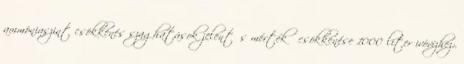
ammóniaszint csökkenés szaghatások jelentős mértékű csökkenése 1000 liter ivóvízhez: